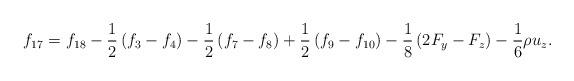
LaTeX: \begin{align*}{f_{17}} = {f_{18}} - \frac{1}{2}\left( {{f_3} - {f_4}} \right) - \frac{1}{2}\left( {{f_7} - {f_8}} \right) + \frac{1}{2}\left( {{f_9} - {f_{10}}} \right) - \frac{1}{8}\left( {2{F_y} - {F_z}} \right) - \frac{1}{6}\rho {u_z}.\end{align*}